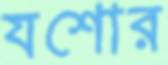
যশোর